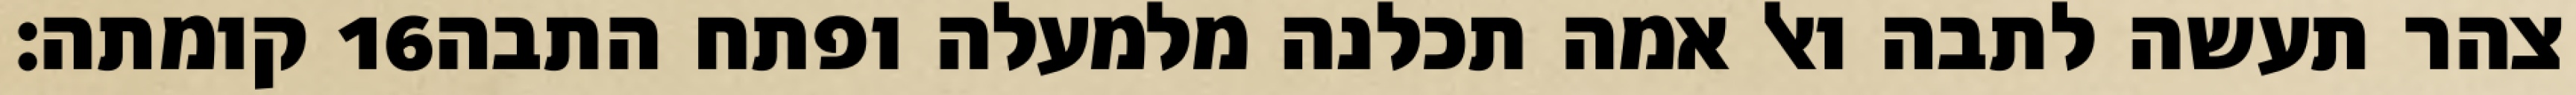
קומתה׃ ‎16‏ צהר תעשה לתבה ואל אמה תכלנה מלמעלה ופתח התבה